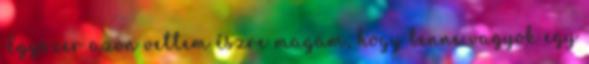
Egyszer azon vettem észre magam, hogy benne vagyok egy